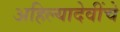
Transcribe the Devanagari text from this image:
अहिल्यादेवींचे